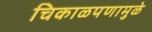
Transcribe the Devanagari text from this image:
चिकाळपणामुळे